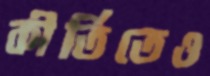
কীর্তিতেও